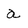
Character: a